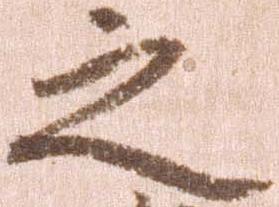
之